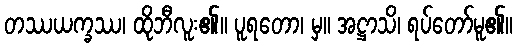
တဿယက္ခဿ၊ ထိုဘီလူး၏။ ပူရတော၊ မှ။ အဋ္ဌာသိ၊ ရပ်တော်မူ၏။